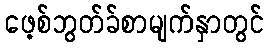
ဖေ့စ်ဘွတ်ခ်စာမျက်နှာတွင်